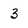
Character: 3